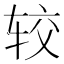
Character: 较